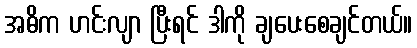
အဓိက ဟင်းလျာ ပြီးရင် ဒါကို ချပေးစေချင်တယ်။